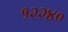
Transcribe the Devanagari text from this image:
१२२४०